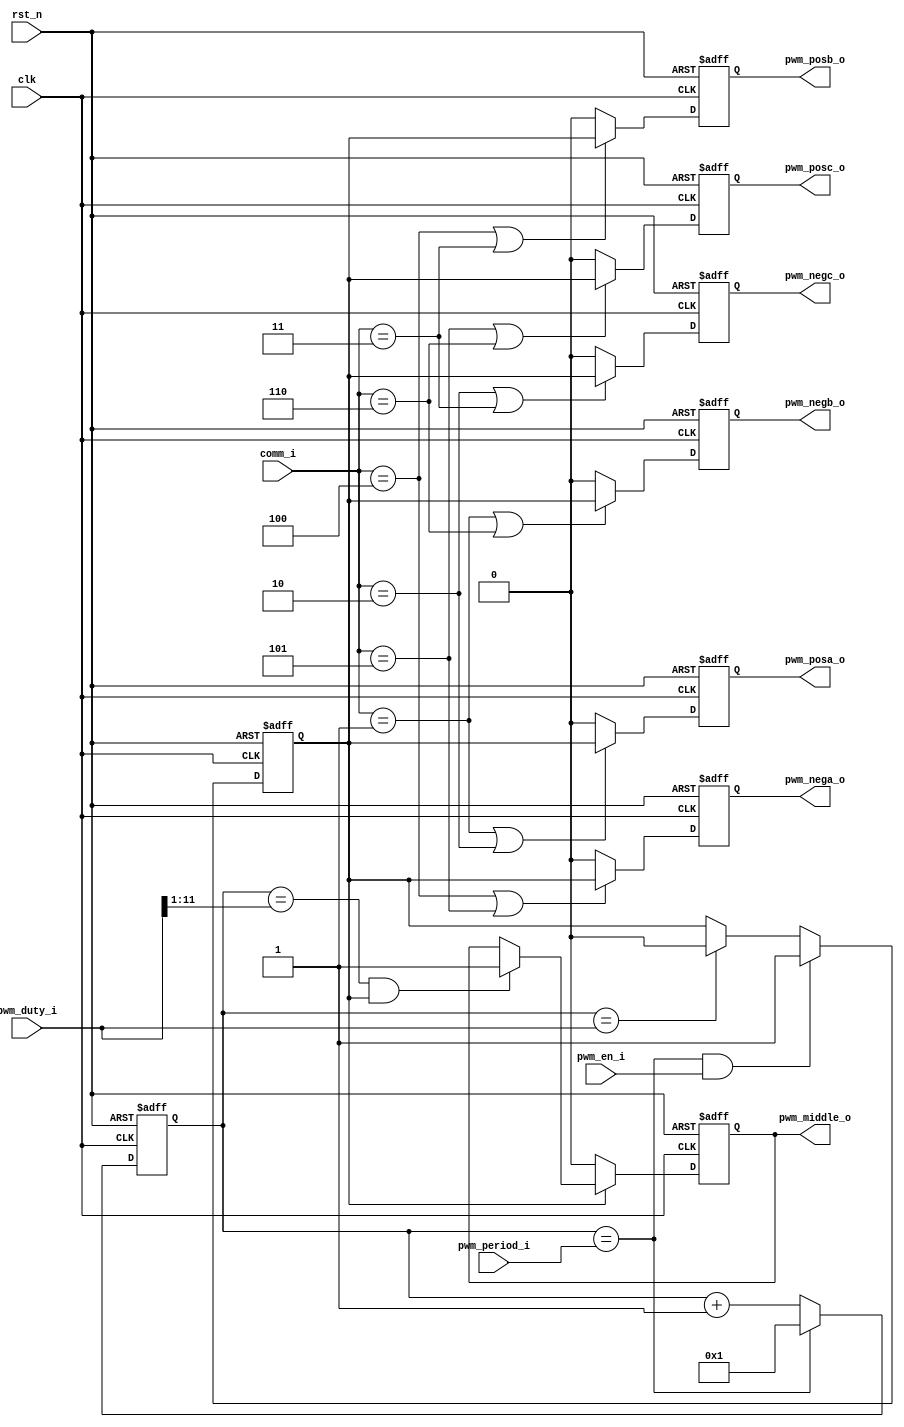
// SPDX-FileCopyrightText: 2022 SH CONSULTING K.K.
//
// Licensed under the Apache License, Version 2.0 (the "License");
// you may not use this file except in compliance with the License.
// You may obtain a copy of the License at
//
//      http://www.apache.org/licenses/LICENSE-2.0
//
// Unless required by applicable law or agreed to in writing, software
// distributed under the License is distributed on an "AS IS" BASIS,
// WITHOUT WARRANTIES OR CONDITIONS OF ANY KIND, either express or implied.
// See the License for the specific language governing permissions and
// limitations under the License.
// SPDX-License-Identifier: Apache-2.0

//////////////////////////////////////////////////////////////////////////////////
//
//  SH Consulting
//
// Description     : PWM and commutation module.
//                   PWM period is 50us,
//					
//
// History (Date, Changed By)
//
//////////////////////////////////////////////////////////////////////////////////
module bldc_pwm
    (
    clk,//50mhz
    rst_n,
    //--------------------------------------
    //output to PIN
    pwm_posa_o,
    pwm_nega_o,
    pwm_posb_o,
    pwm_negb_o,
    pwm_posc_o,
    pwm_negc_o,
    //--------------------------------------
    //to SPI
    pwm_middle_o,//indicate from the middle of pwm pulse to end pulse.
    //--------------------------------------
    //Configuration inf
    pwm_period_i,//PWM period
    pwm_duty_i,//Duty cycle
    pwm_en_i, //Enable
    comm_i//commutation control
    );
//-----------------------------------------------------------------------------
//Parameter
parameter DUTY_DW = 4'd12;
	 
//-----------------------------------------------------------------------------
//Port
input                clk;
input                rst_n;
//--------------------------------------
//output to PIN
output               pwm_posa_o;
output               pwm_nega_o;
output               pwm_posb_o;
output               pwm_negb_o;
output               pwm_posc_o;
output               pwm_negc_o;
//--------------------------------------
//to SPI
output               pwm_middle_o;
//--------------------------------------
//Configuration inf
input [DUTY_DW-1:0]  pwm_period_i;
input [DUTY_DW-1:0]  pwm_duty_i;//Duty cycle
input                pwm_en_i; //Enable
input [2:0]          comm_i;
//-----------------------------------------------------------------------------
//Internal variable
reg                  pwm_posa_o;
reg                  pwm_nega_o;
reg                  pwm_posb_o;
reg                  pwm_negb_o;
reg                  pwm_posc_o;
reg                  pwm_negc_o;
wire                 nxt_pwm_posa; 
wire                 nxt_pwm_nega; 
wire                 nxt_pwm_posb; 
wire                 nxt_pwm_negb; 
wire                 nxt_pwm_posc; 
wire                 nxt_pwm_negc; 
wire [11:0]          nxt_clkcnt;
reg  [11:0]          clkcnt;
wire                 set_clkcnt_to1;
wire                 set_duty_vld;
wire                 clr_duty_vld;
wire                 nxt_duty_vld;
reg                  duty_vld;
wire                 posa_negb;
wire                 posa_negc;
wire                 posb_negc;
wire                 posb_nega;
wire                 posc_nega;
wire                 posc_negb;
wire [DUTY_DW-1:0]   duty_div2;
wire                 nxt_pwm_middle;
reg                  pwm_middle_o;
wire                 clr_pwm_middle;
wire                 set_pwm_middle;


//-----------------------------------------------------------------------------
//PWM logic
assign set_clkcnt_to1 = (clkcnt == pwm_period_i);
assign nxt_clkcnt = set_clkcnt_to1 ? 12'd1 : (clkcnt + 1'b1);

always @(posedge clk or negedge rst_n)
    begin
    if(!rst_n)   
        clkcnt <= 12'd0;
    else  
        clkcnt <= nxt_clkcnt; 
    end
//Duty cycle control
assign set_duty_vld = set_clkcnt_to1 & pwm_en_i;
assign clr_duty_vld = (clkcnt == pwm_duty_i);
assign nxt_duty_vld = set_duty_vld ?  1'b1 :
                      clr_duty_vld ? 1'b0 : duty_vld;

always @(posedge clk or negedge rst_n)
    begin
    if(!rst_n)   
        duty_vld <= 1'b0;
    else  
        duty_vld <= nxt_duty_vld; 
    end
//-----------------------------------------------------------------------------
//Commutation logic
assign posa_negb = (comm_i == 3'b001);//u+ -> v-
assign posa_negc = (comm_i == 3'b010);//u+ -> w-
assign posb_negc = (comm_i == 3'b011);//v+ -> w-
assign posb_nega = (comm_i == 3'b100);//v+ -> u-
assign posc_nega = (comm_i == 3'b101);//w+ -> u-
assign posc_negb = (comm_i == 3'b110);//w+ -> v-

assign nxt_pwm_posa = (posa_negb | posa_negc) ? duty_vld : 1'b0; 
assign nxt_pwm_nega = (posb_nega | posc_nega) ? duty_vld : 1'b0; 

always @(posedge clk or negedge rst_n)
    begin
    if(!rst_n)   
        pwm_posa_o <= 1'b0;
    else  
        pwm_posa_o <= nxt_pwm_posa; 
    end
always @(posedge clk or negedge rst_n)
    begin
    if(!rst_n)   
        pwm_nega_o <= 1'b0;
    else  
        pwm_nega_o <= nxt_pwm_nega; 
    end

assign nxt_pwm_posb = (posb_nega | posb_negc) ? duty_vld : 1'b0; 
assign nxt_pwm_negb = (posa_negb | posc_negb) ? duty_vld : 1'b0; 

always @(posedge clk or negedge rst_n)
    begin
    if(!rst_n)   
        pwm_posb_o <= 1'b0;
    else  
        pwm_posb_o <= nxt_pwm_posb; 
    end
always @(posedge clk or negedge rst_n)
    begin
    if(!rst_n)   
        pwm_negb_o <= 1'b0;
    else  
        pwm_negb_o <= nxt_pwm_negb; 
    end

assign nxt_pwm_posc = (posc_nega | posc_negb) ? duty_vld : 1'b0; 
assign nxt_pwm_negc = (posa_negc | posb_negc) ? duty_vld : 1'b0; 

always @(posedge clk or negedge rst_n)
    begin
    if(!rst_n)   
        pwm_posc_o <= 1'b0;
    else  
        pwm_posc_o <= nxt_pwm_posc; 
    end
always @(posedge clk or negedge rst_n)
    begin
    if(!rst_n)   
        pwm_negc_o <= 1'b0;
    else  
        pwm_negc_o <= nxt_pwm_negc; 
    end
//-----------------------------------------------------------------------------
//Enable zero crossing checking at middle of pwm pulse
assign duty_div2 = {1'b0,pwm_duty_i[DUTY_DW-1:1]};
assign set_pwm_middle = (clkcnt == duty_div2) & duty_vld;
assign clr_pwm_middle = ~duty_vld;
assign nxt_pwm_middle = clr_pwm_middle ? 1'b0 :
                        set_pwm_middle ? 1'b1 : pwm_middle_o;

always @(posedge clk or negedge rst_n)
    begin
    if(!rst_n)   
        pwm_middle_o <= 1'b0;
    else  
        pwm_middle_o <= nxt_pwm_middle; 
    end

endmodule